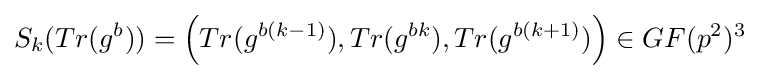
S_{k}(Tr(g^{b}))=\left(Tr(g^{b(k-1)}),Tr(g^{bk}),Tr(g^{b(k+1)})\right)\in GF(p^{2})^{3}